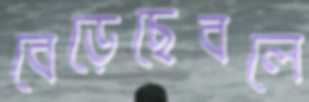
বেড়েছেবলে